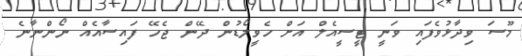
މޫސަ ވިދާޅުވެފައި ވަނީ ޓީސީއެލް އަށް ހެވީލޯޑުން ދޭން ޖެހޭ ފައިސާއެއް ނޯންނާނެ